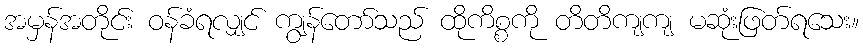
အမှန်အတိုင်း ဝန်ခံရလျှင် ကျွန်တော်သည် ထိုကိစ္စကို တိတိကျကျ မဆုံးဖြတ်ရသေး။